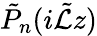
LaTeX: \tilde{P}_{n}(i\tilde{\mathcal{L}}z)